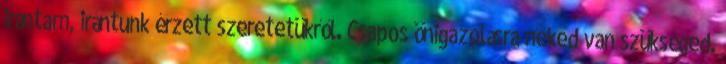
irántam, irántunk érzett szeretetükről. Csapos önigazolásra neked van szükséged.